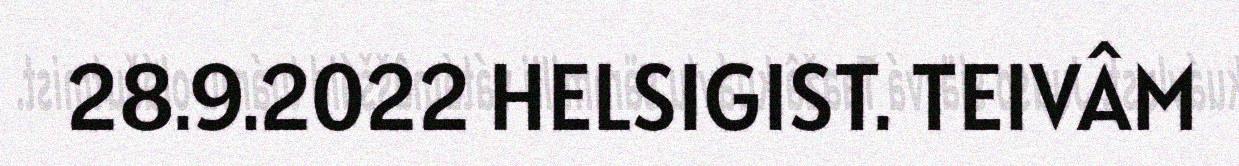
28.9.2022 HELSIGIST. TEIVÂM